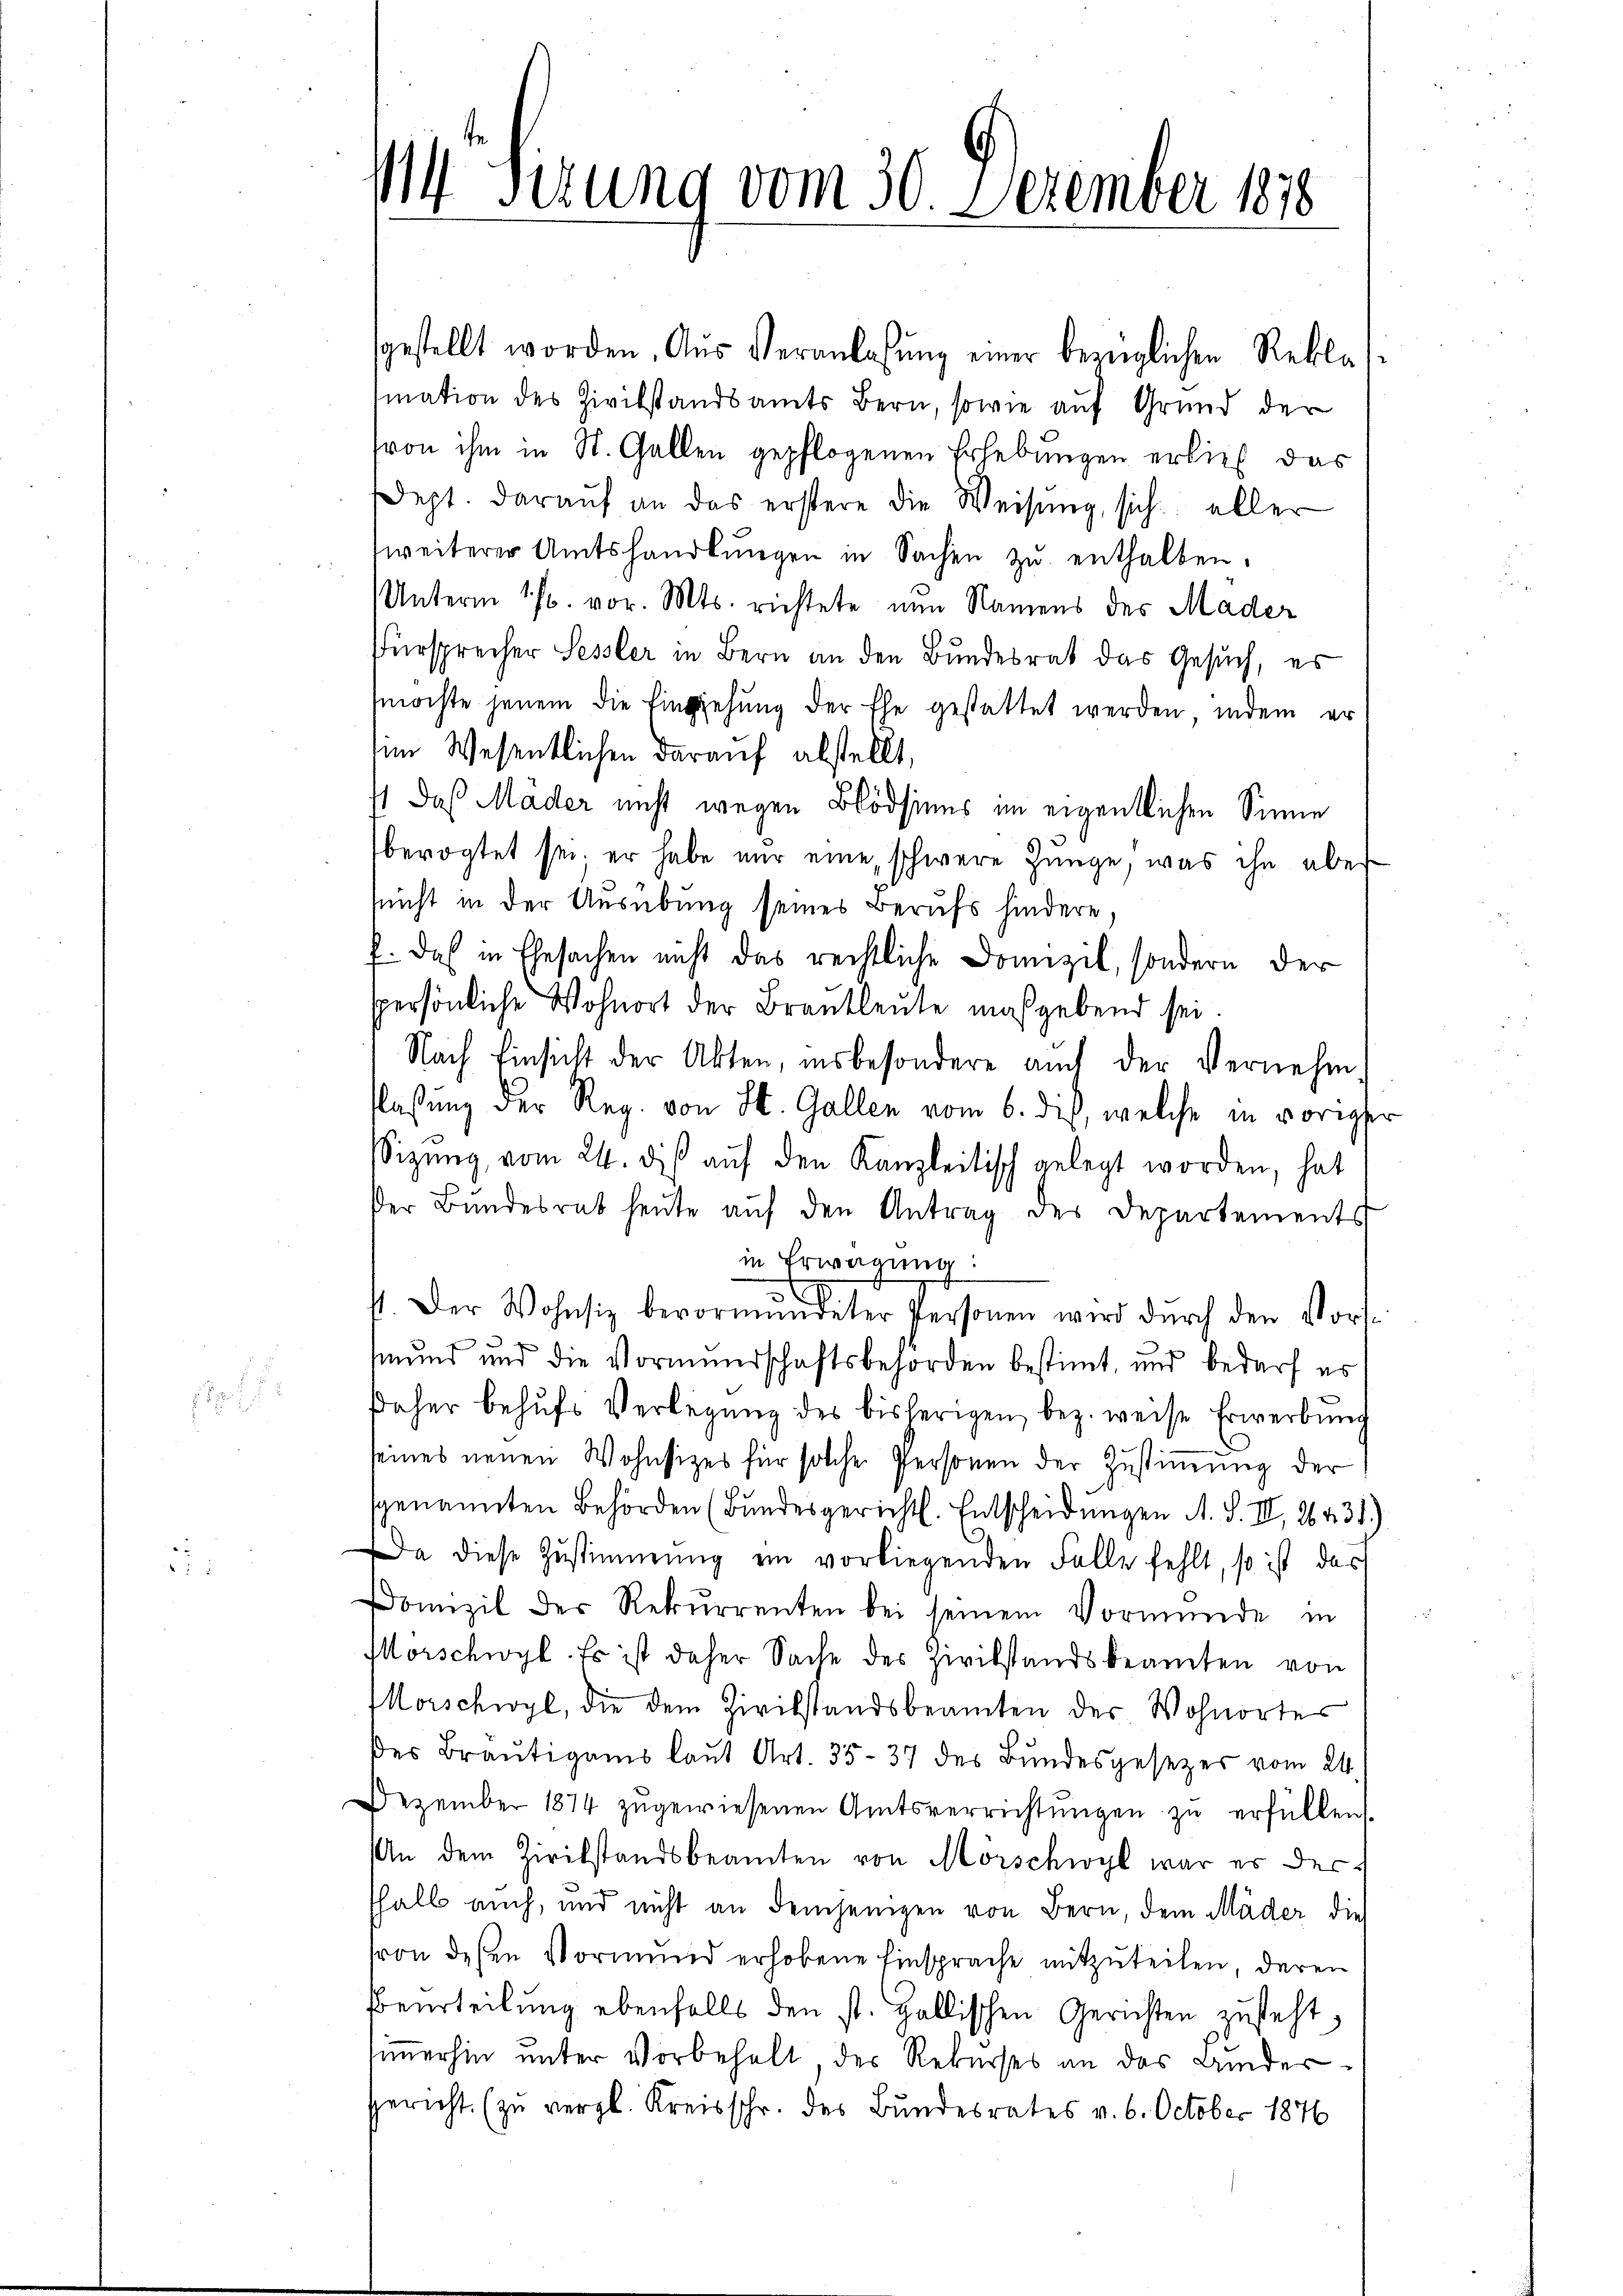
4 Sizung vom 30. Dezember 1888

gestellt worden. Aus Veranlassŭng einer bezüglichen Rekla
mation des Zivilstandsamts Bern, sowie auf Grund der
von ihm in St. Gallen gepflogenen Erhebungen erließ das
Dept. daraŭf an das erstere die Weisŭng, sich aller
zweiterer Amtshandlŭngen in Sachen zŭ enthalten.
Unterm 17. vor. Mts. richtete nun Namens des Mader
Fürsprecher Sessler in Bern an den Bundesrat das Gesuch, es
mochte jenem die Eingehung der Ehe gestattet werden, indem er
sim Wesentlichen darauf alstellt,
1 daß Mader nicht wegen Blödsinns im eigentlichen Sinne
bevogtet sei, er habe nur eine schwere Zunge, was ihn über-
snicht in der Ausübung seines Berufs hindere.
f. Das in Ehesachen nicht das rechtliche Domizil, sondern der
spersönliche Wohnort der Brautleute maßgebend sei
Nach Einsicht der Akten, insbesondere auch der Vernehm
laßung der Reg. von St. Gallen vom 6. dieß, welche in vorige
sizung vom 24. des aŭf den Kanzleitisch gelegt worden, hat
der Bundesrat heute auf den Antrag des Departements
in Erwägung:
1. Der Wohnsiz bevormundeter Personen wird durch den Vors
mund und die Vormundschaftsbehörden bestimt, und bedarf es
daher behufs Verlegung des bisherigen bez. weise Erwerbung
seines neuen Wohnsitzes für solche Personen der Zustimmung der
genannten Behörden (Bundesgericht. Entscheidungen A. S. II, 264. 31.
Da diese Zustimmung ein vorliegenden Falle fehlt, so ist das
Domizil der Rekurrenten bei seinem Vormünde in
Morschwyl. Es ist daher Sache des Zivilstandsbeamten von
Morschwyl, die dem Zivilstandsbeamten des Wohnortes
des Bräutigams laut Art. 35-37 des Bundesgesezes vom 24.
Dezember 1874 zugewiesenen Amtsverrichtungen zu erfüllen.
An dem Zivilstandsbeamten von Mörschwyl war er der-
shalb auch, und nicht an demjenigen von Bern, dem Mäder die
von dessen Vormund erhobene Einsprache mitzŭteilen, deren
Beurteilŭng ebenfalls den st. Gallischen Gerichten zusteht,
simmerhin unter Vorbehalt, der Rekurses an das Ander¬
Gericht. (zu vergl. Kreisschr. des Bundesrates v. 6. October 1876